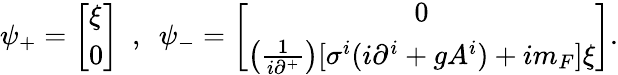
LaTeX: \psi_{+}=\left[\begin{array}{l}{{\xi}}\\ {{0}}\end{array}\right]~~,~~\psi_{-}=\left[\begin{array}{c}{{0}}\\ {{\left(\frac{1}{i\partial^{+}}\right)[\sigma^{i}(i\partial^{i}+gA^{i})+im_{F}]\xi}}\end{array}\right].